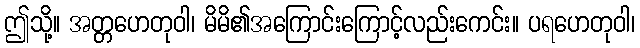
ဤသို့။ အတ္တဟေတုဝါ၊ မိမိ၏အကြောင်းကြောင့်လည်းကေင်း။ ပရဟေတုဝါ၊